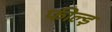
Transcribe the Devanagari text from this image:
फील्ड़